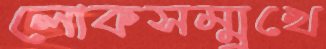
লোকসম্মুখে